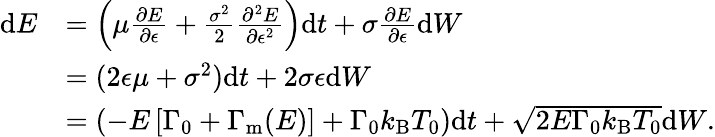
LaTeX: \begin{array}{rl}{\mathrm{d}E}&{=\left(\mu\frac{\partial E}{\partial\epsilon}+\frac{\sigma^{2}}{2}\frac{\partial^{2}E}{\partial\epsilon^{2}}\right)\mathrm{d}t+\sigma\frac{\partial E}{\partial\epsilon}\mathrm{d}{W}}\\ &{=(2\epsilon\mu+\sigma^{2})\mathrm{d}t+2\sigma\epsilon\mathrm{d}{W}}\\ &{=(-E\left[{\Gamma_{0}+\Gamma_{\mathrm{m}}(E)}\right]+{\Gamma_{0}k_{\mathrm{B}}T_{0}})\mathrm{d}t+\sqrt{2E\Gamma_{0}k_{\mathrm{B}}T_{0}}\mathrm{d}{W}\mathrm{.}}\end{array}